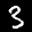
Label: 3